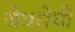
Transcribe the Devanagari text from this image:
जैवरोधी